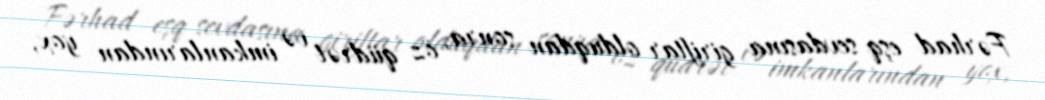
Fərhad eşq sevdasına giriftar olduqdan sonra, öz qüdrət və imkanlarından yox,